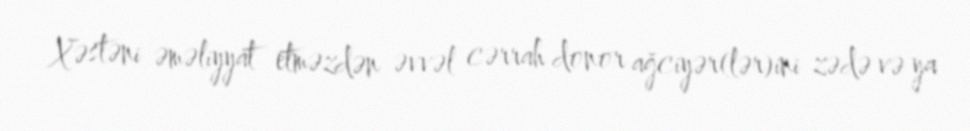
Xəstəni əməliyyat etməzdən əvvəl cərrah donor ağciyər(lər)ini zədə və ya